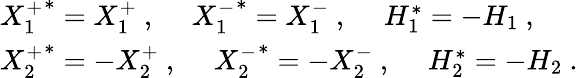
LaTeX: \begin{array}{l}{{\left.X_{1}^{+}\right.^{*}=X_{1}^{+}~,~~~~~\left.X_{1}^{-}\right.^{*}=X_{1}^{-}~,~~~~~H_{1}^{*}=-H_{1}~,}}\\ {{\left.X_{2}^{+}\right.^{*}=-X_{2}^{+}~,~~~~~\left.X_{2}^{-}\right.^{*}=-X_{2}^{-}~,~~~~~H_{2}^{*}=-H_{2}~.}}\end{array}